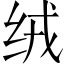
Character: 绒